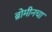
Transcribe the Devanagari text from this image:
ब्रोमीनचा